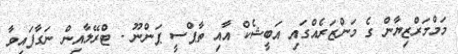
މަމްމަރްޒިޔާން ގެ މަންޒަރެއްގައި އަބީޝެކް އާއި ތާޕްސީ ޕަންނޫ - ޓްރޭލާއިން ނަގާފައިވާ